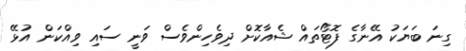
ގިނަ ބަޔަކު އޭނާގެ ފޮޓޯތައް ޝެއާކޮށް ދިވެހިންވެސް ވަނީ ސައި ވިއްކަން އުޅޭ